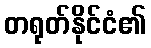
တရုတ်နိုင်ငံ၏